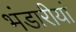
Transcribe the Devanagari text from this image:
भंडारीयां